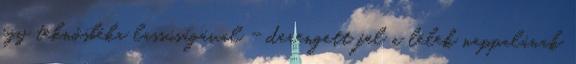
egy teknősbéka lassúságával - derengett fel a lélek nappalának